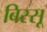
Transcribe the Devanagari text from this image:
बिस्सू